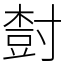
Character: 𡬾